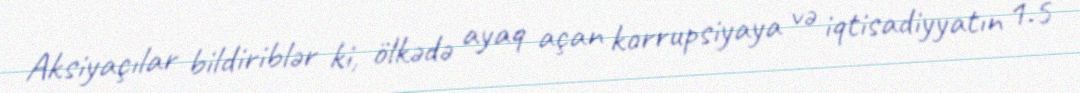
Aksiyaçılar bildiriblər ki, ölkədə ayaq açan korrupsiyaya və iqtisadiyyatın 1.5